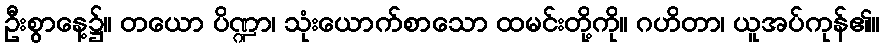
ဦးစွာနေ့၌။ တယော ပိဏ္ဍာ၊ သုံးယောက်စာသော ထမင်းတို့ကို။ ဂဟိတာ၊ ယူအပ်ကုန်၏။